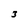
Character: 3